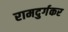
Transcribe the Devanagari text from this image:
रामदुर्गकर